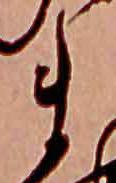
ま